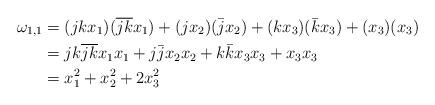
LaTeX: \begin{align*}\omega_{1,1}&= (jkx_1)(\overline{jk}x_1)+(jx_2)(\bar{j}x_2)+(kx_3)(\bar{k}x_3)+(x_3)(x_3) \\ &= jk\overline{jk} x_1x_1+j\bar{j}x_2x_2+k\bar{k}x_3x_3+x_3x_3 \\& = x_1^2+x_2^2+2x_3^2\end{align*}